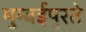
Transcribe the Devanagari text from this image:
मुम्बईपुरते